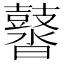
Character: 䶁